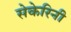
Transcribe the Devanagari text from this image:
सेकेरिनी